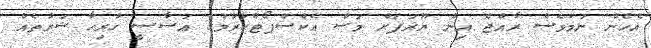
އެހެން ނަމަވެސް ރާއްޖެ އިން ޔޫރަޕަށް މަސް އެކްސްޕޯޓްކުރުމުގެ އަސާސީ ހުރިހާ ޝަރުތެއް